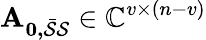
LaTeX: \mathbf{A_{0,\mathcal{\bar{S}}\mathcal{S}}}\in\mathbb{C}^{v\times(n-v)}